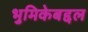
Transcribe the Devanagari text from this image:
भुमिकेबद्दल